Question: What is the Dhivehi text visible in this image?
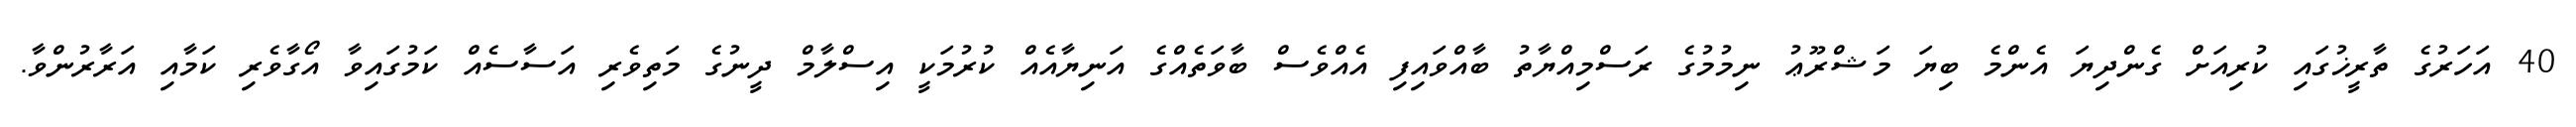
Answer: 40 އަހަރުގެ ތާރީޚުގައި ކުރިއަށް ގެންދިޔަ އެންމެ ބިޔަ މަޝްރޫޢު ނިމުމުގެ ރަސްމިއްޔާތު ބާއްވައިފި އެއްވެސް ބާވަތެއްގެ އަނިޔާއެއް ކުރުމަކީ އިސްލާމް ދީނުގެ މަތިވެރި އަސާސެއް ކަމުގައިވާ އޯގާވެރި ކަމާއި އަރާރުންވާ.